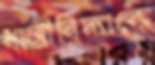
ধাত্রীবিদ্যাকে